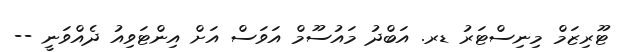
ޓޫރިޒަމް މިނިސްޓަރު ޑރ. އަބްދު މައުސޫމް އަވަސް އަށް އިންޓަވިއު ދެއްވަނީ --